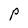
Character: P